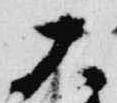
大